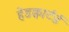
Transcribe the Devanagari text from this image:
हेडक्वार्टर्ड